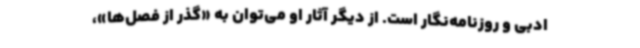
ادبی و روزنامه‌نگار است. از دیگر آثار او می‌توان به «گذر از فصل‌ها»،